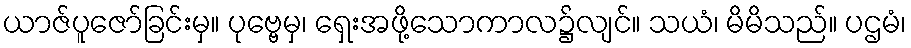
ယာဇ်ပူဇော်ခြင်းမှ။ ပုဗ္ဗေမှ၊ ရှေးအဖို့သောကာလ၌လျင်။ သယံ၊ မိမိသည်။ ပဌမံ၊